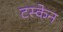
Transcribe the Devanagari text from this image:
टस्केन